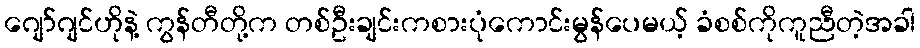
ဂျော်ဂျင်ဟိုနဲ့ ကွန်တီတို့က တစ်ဦးချင်းကစားပုံကောင်းမွန်ပေမယ့် ခံစစ်ကိုကူညီတဲ့အခါ